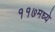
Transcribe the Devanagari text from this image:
११७मध्ये